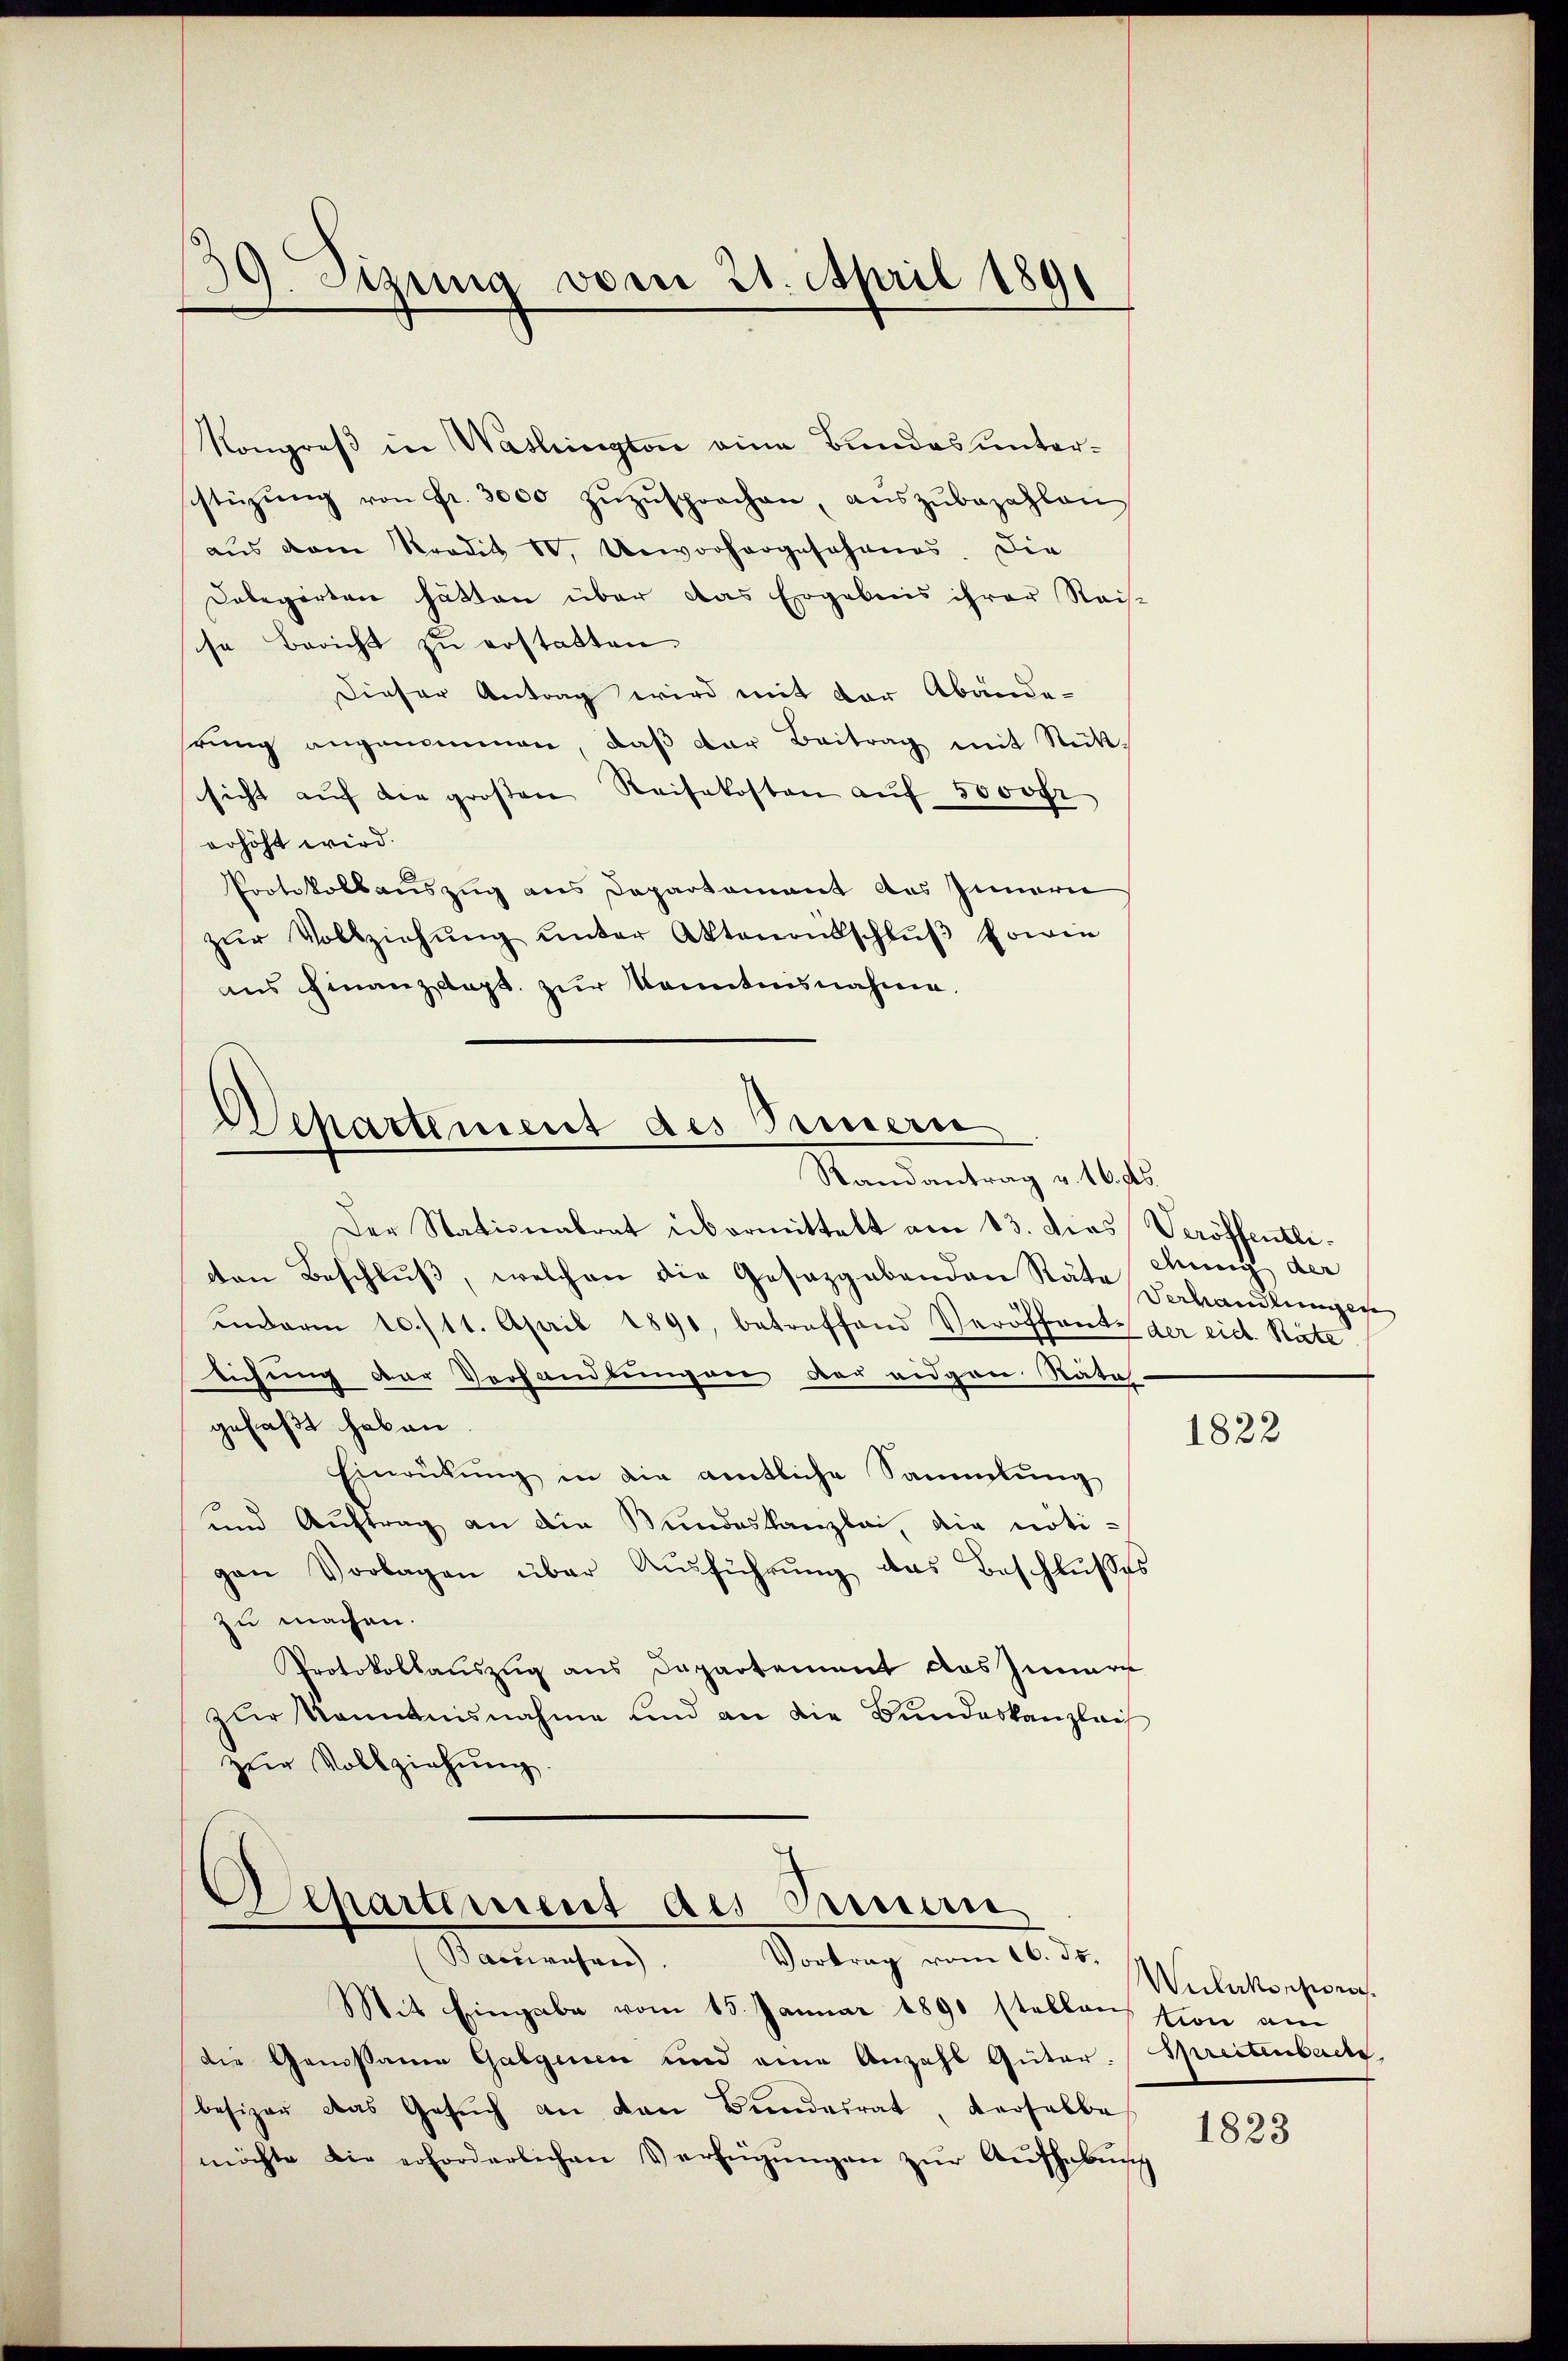
39. Sizung vom 21. April 1891

Kongreß in Washington eine Bundes unterstüzŭng von Fr. 3000 zŭzŭsprochen, aŭszŭbezahlen
aus dem Prodik IV. Unworhergeschanes. Die
Dobegarten hätten über das Ergebnis ihrer Reis-
che Bericht zu erstatten.
Dieser Antrag wird mit der Abände-
rung angenommen, daß der Beitrag mit Rücksicht aŭf die großen Reisekosten auf 5000fr
erhöht wird.
Protokollauszug aus Departament des Innern
zŭr Vollziehŭng ŭnter Aktenenschlŭβ sowie
ans Finanzdept. zur Kenntnisnahme.

Dehartement des Sinnern
Randantrag v. 16. ds.

Der Stationalrat übermittelt am 13. das Veröffentli
den Beschluß, welchen die Gesezgabenden Räte Mung der
inderm 10./11. April 1891, betreffend Veröffente der eid. Räte
lichung der Verhandlungen der eidgan Rata-
gefaßt haben.
Einrükŭng in die amtliche Sammlung
und Auftrag an die Bundeskanzlei, die nötigen Vorlagen über Aŭsführŭng das Beschlußes
zu machen.
Protokollauszug aus Departement das Innere
zur Kenntnisnahme und an die Bundeskanzleis
zur Vollziehung.

Appartement des Aman
Vortrag vom 16. ds.
Barrwahren.

Mit Eingabe vom 15. Januar 1890 stellention am
die Genossame Gabgenen und eine Anzahl Güter. Spreitenbach,
besizer das Gesŭch an dan Bŭndesrat, verselbe
möchte die erforderlichen Verfügŭngen zur Aufhebung

Verhandlungen

1822

Wulakorpora

1823